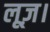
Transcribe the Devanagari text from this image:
लूज़।